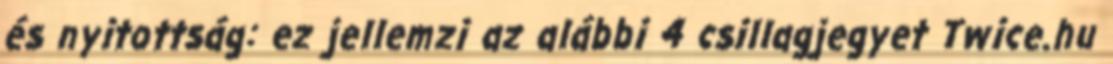
és nyitottság: ez jellemzi az alábbi 4 csillagjegyet Twice.hu